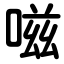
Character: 嗞